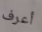
أعرف